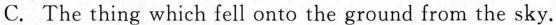
C. The thing which fell onto the ground from the sky.